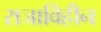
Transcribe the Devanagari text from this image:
राजाविहीन